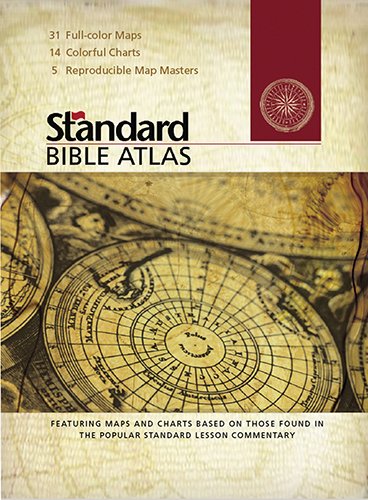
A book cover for Standard Bible Atlas; Standard Publishing; Christian Books & Bibles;